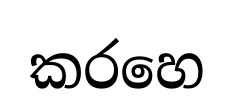
කරහෙ